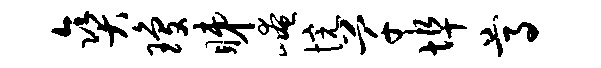
爽琼睇崦惋芊埠尊